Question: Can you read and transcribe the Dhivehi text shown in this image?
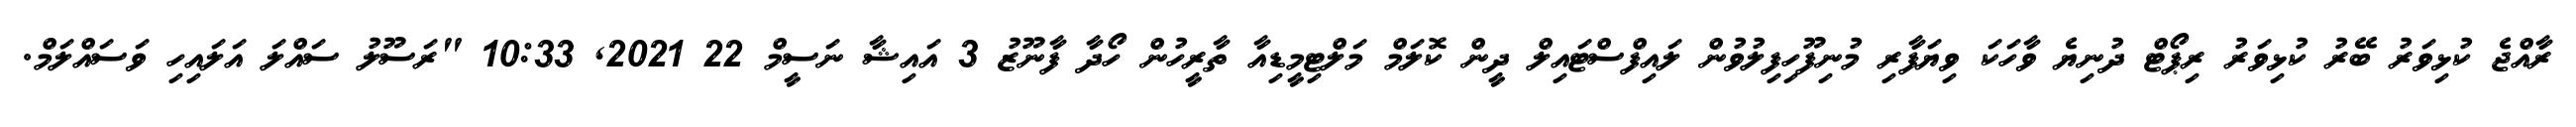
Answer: ރާއްޖެ ކުޅިވަރު ބޭރު ކުޅިވަރު ރިޕޯޓް ދުނިޔެ ވާހަކަ ވިޔަފާރި މުނިފޫހިފިލުވުން ލައިފްސްޓައިލް ދީން ކޮލަމް މަލްޓިމީޑިއާ ތާރީހުން ހޯދާ ފާނޫޒު 3 އައިޝާ ނަސީމް 22 2021, 10:33 "ރަސޫލު ސައްލަ އަލައިހި ވަސައްލަމް.